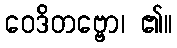
ဝေဒိတဗ္ဗော၊ ၏။